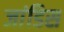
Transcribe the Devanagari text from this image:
जांडिस